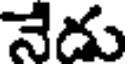
నేదు